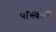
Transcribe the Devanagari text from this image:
पास्कोल